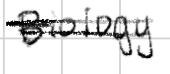
Text: Biology
Cross-out: double-line
Writing tool: digital_black